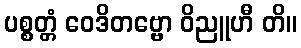
ပစ္စတ္တံ ဝေဒိတဗ္ဗော ဝိညူဟီ တိ။